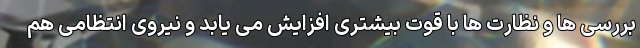
بررسی ها و نظارت ها با قوت بیشتری افزایش می یابد و نیروی انتظامی هم